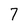
Character: 7